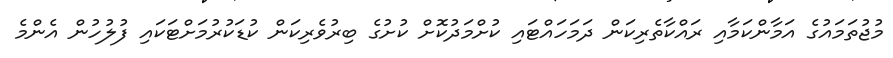
މުޖުތަމައުގެ އަމާންކަމާއި ރައްކާތެރިކަން ދަމަހައްޓައި ކުށްމަދުކޮށް ކުށުގެ ބިރުވެރިކަން ކުޑަކުރުމަށްޓަކައި ފުލުހުން އެންމެ